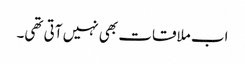
اب ملاقات بھی نہیں آتی تھی۔